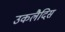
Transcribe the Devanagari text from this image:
उकलैदिस